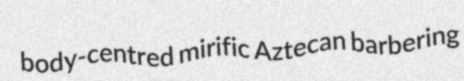
body-centred mirific Aztecan barbering